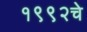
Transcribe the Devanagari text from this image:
१९९२चे